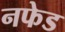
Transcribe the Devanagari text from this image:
नफेड